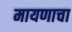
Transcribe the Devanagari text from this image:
मायणाचा